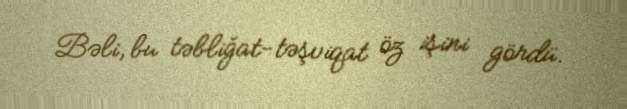
Bəli, bu təbliğat-təşviqat öz işini gördü.